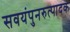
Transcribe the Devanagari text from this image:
सवयंपुनरुत्पादक